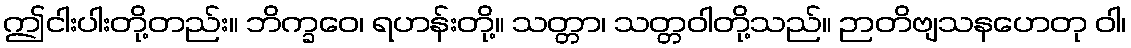
ဤငါးပါးတို့တည်း။ ဘိက္ခဝေ၊ ရဟန်းတို့။ သတ္တာ၊ သတ္တဝါတို့သည်။ ဉာတိဗျသနဟေတု ဝါ၊